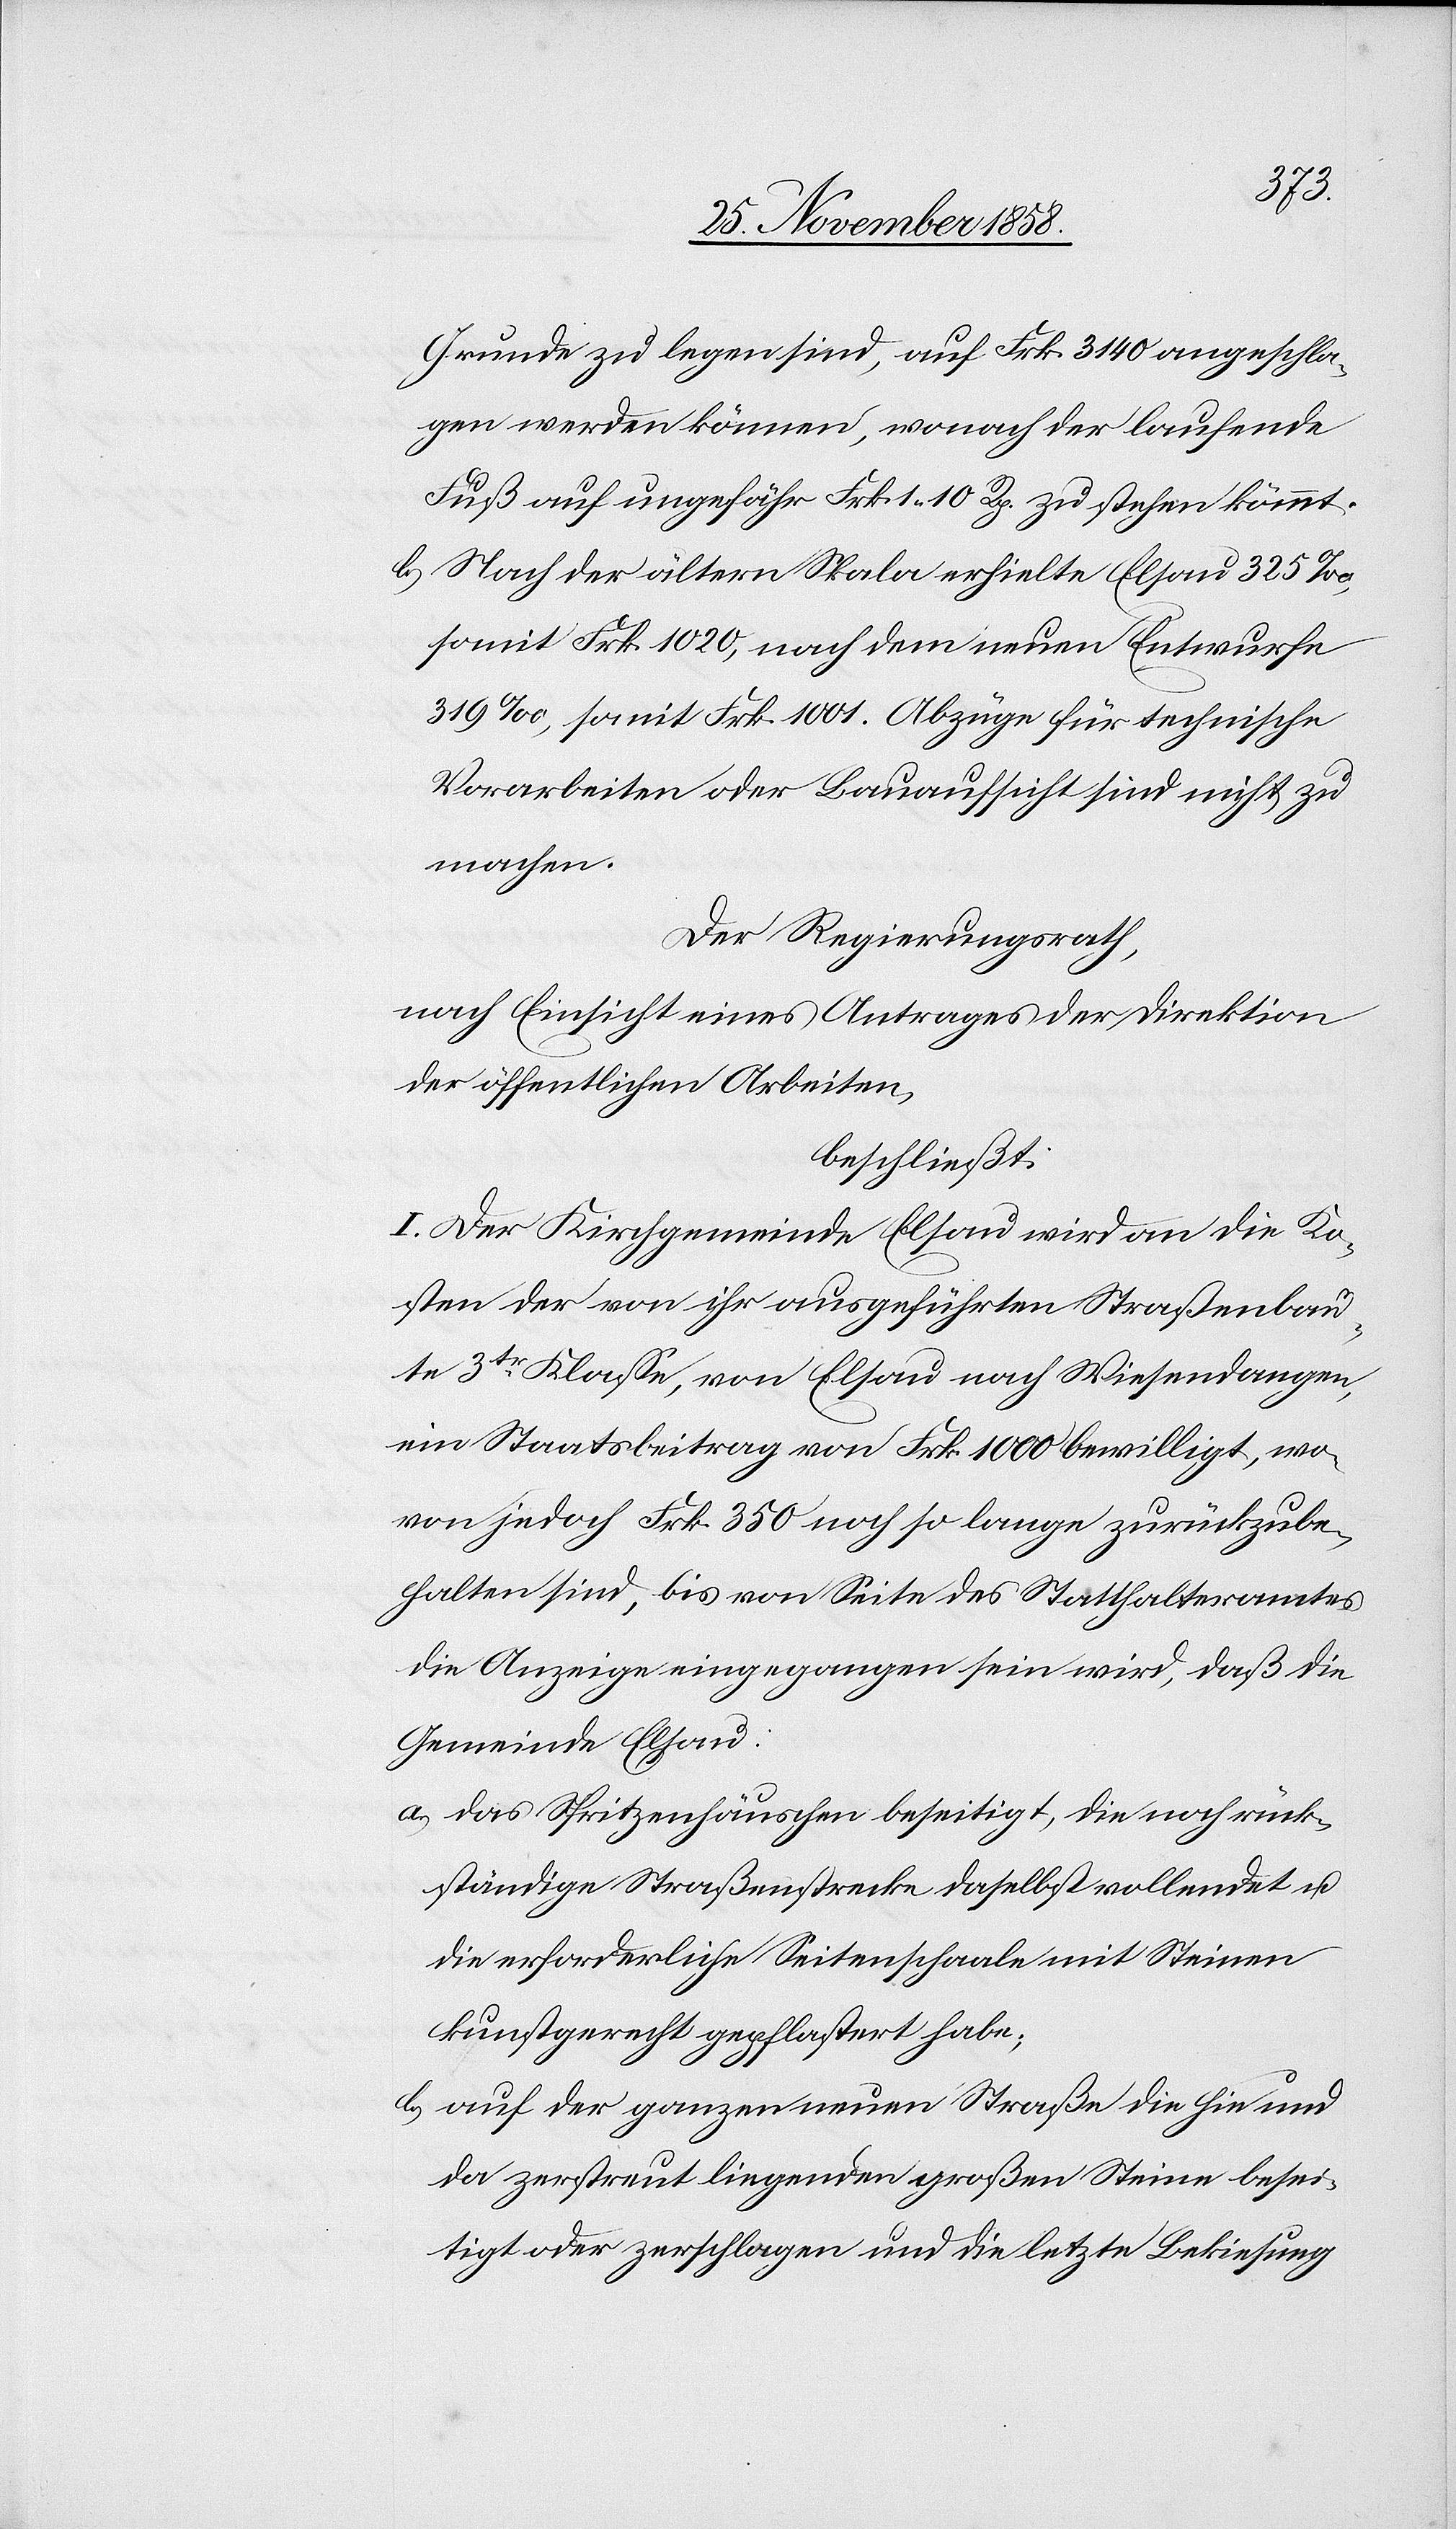
Grunde zu legen sind, auf Frk. 3140 angeschla¬
gen werden können, wonach der laufende
Fuß auf ungefähr Frk. 1 10 Rp. zu stehen kömmt.
Nach der ältern Skala erhielte Elsau 325‰,
somit Frk. 1020, nach dem neuen Entwurfe
319‰, somit Frk. 1001. Abzüge für technische
Vorarbeiten oder Bauaufsicht sind nicht zu
machen.
Der Regierungsrath,
nach Einsicht eines Antrages der Direktion
der öffentlichen Arbeiten,
beschließt:
I. Der Kirchgemeinde Elsau wird an die Ko¬
sten der von ihr ausgeführten Straßenbau¬
te 3tr Klasse, von Elsau nach Wiesendangen,
ein Staatsbeitrag von Frk. 1000 bewilligt, wo¬
von jedoch Frk. 350 noch so lange zurückzube¬
halten sind, bis von Seite des Statthalteramtes
die Anzeige eingegangen sein wird, daß die
Gemeinde Elsau:
das Spritzenhäuschen beseitigt, die noch rück¬
ständige Straßenstrecke daselbst vollendet u.
die erforderliche Seitenschaale mit Steinen
kunstgerecht gepflastert habe;
auf der ganzen neuen Straße die hie und
da zerstreut liegenden großen Steine besei¬
tigt oder zerschlagen und die letzte Bekiesung